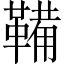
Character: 鞴